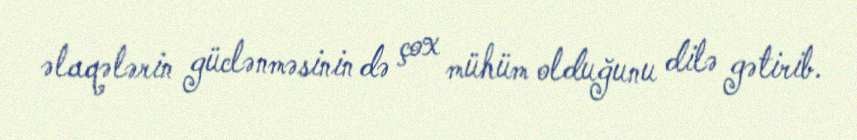
əlaqələrin güclənməsinin də çox mühüm olduğunu dilə gətirib.